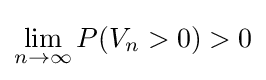
\lim _{n\to \infty }P(V_{n}>0)>0